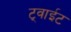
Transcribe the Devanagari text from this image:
ट्वाईट